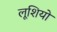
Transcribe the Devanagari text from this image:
लूशियो